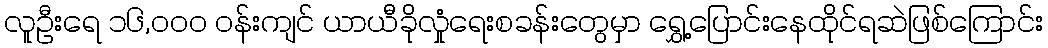
လူဦးရေ ၁၆,၀၀၀ ဝန်းကျင် ယာယီခိုလှုံရေးစခန်းတွေမှာ ရွှေ့ပြောင်းနေထိုင်ရဆဲဖြစ်ကြောင်း